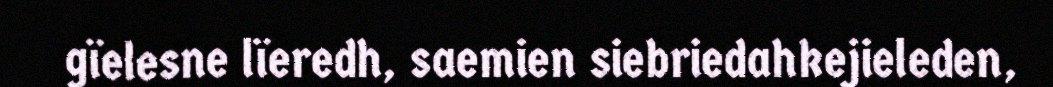
gïelesne lïeredh, saemien siebriedahkejieleden,